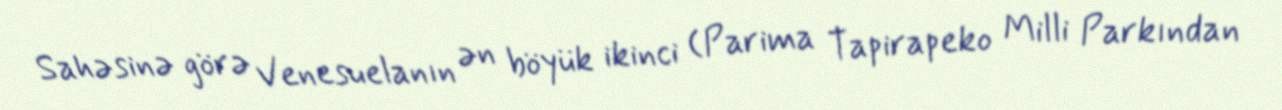
Sahəsinə görə Venesuelanın ən böyük ikinci (Parima Tapirapeko Milli Parkından